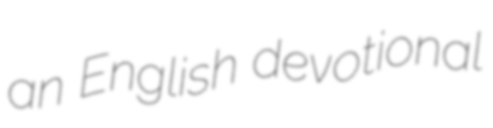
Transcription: an English devotional